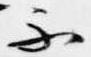
不